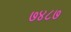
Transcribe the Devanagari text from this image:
७४८७